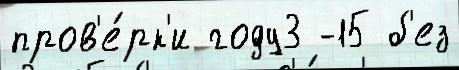
пров'е́рк'и году3 -15 б'ез